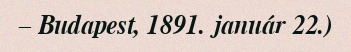
– Budapest, 1891. január 22.)